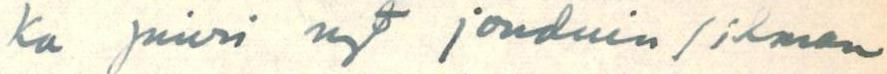
ka juuri nyt jouduin / ilman